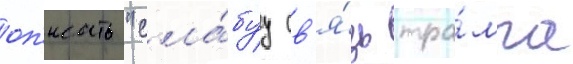
оп'исать "сла́буу св'я́зь тра́мпа